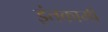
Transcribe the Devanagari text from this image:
इंतकामी